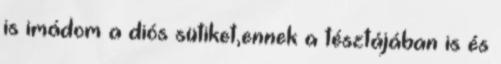
is imádom a diós sütiket,ennek a tésztájában is és